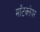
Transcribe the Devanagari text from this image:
माँटक्लेयर